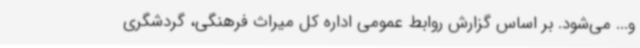
و... می‌شود. بر اساس گزارش روابط عمومی اداره کل میراث فرهنگی، گردشگری